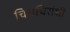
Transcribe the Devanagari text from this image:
चिराचिरांशी